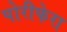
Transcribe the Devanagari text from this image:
पोरीफेरा